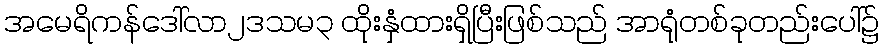
အမေရိကန်ဒေါ်လာ၂ဒသမ၃ ထိုးနှံထားရှိပြီးဖြစ်သည် အာရုံတစ်ခုတည်းပေါ်၌